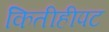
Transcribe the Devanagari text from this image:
कितीहीपट